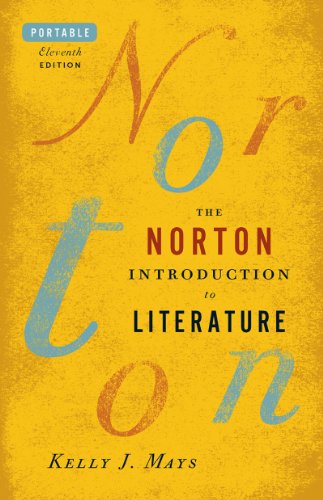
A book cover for The Norton Introduction to Literature (Portable Eleventh Edition); Literature & Fiction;